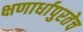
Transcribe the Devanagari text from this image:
क्षणार्धापुरतेच